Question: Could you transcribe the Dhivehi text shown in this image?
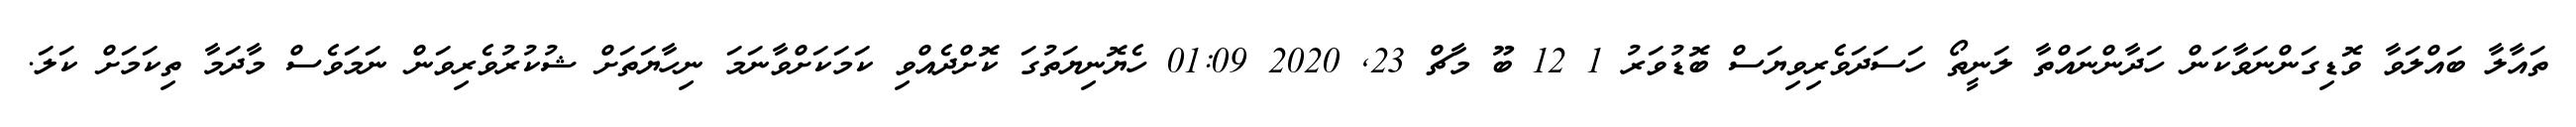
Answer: ތައާލާ ބައްލަވާ ވޮޑިގަންނަވާކަން ހަދާންނައްތާ ލަނީތޯ ހަސަދަވެރިވިޔަސް ބޮޑުވަރު 1 12 ބޫ މާޗް 23, 2020 01:09 ހެޔޮނިޔަތުގަ ކޮށްދެއްވި ކަމަކަށްވާނަމަ ނިހާޔަތަށް ޝުކުރުވެރިވަން ނަމަވެސް މާދަމާ ތިކަމަށް ކަލަ.